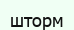
шторм